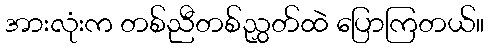
အားလုံးက တစ်ညီတစ်ညွှတ်ထဲ ပြောကြတယ်။